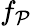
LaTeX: f_{\mathcal{P}}